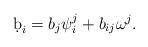
LaTeX: \begin{align*}\d b_i=b_j\psi^j_i+b_{ij}\omega^j. \end{align*}